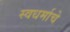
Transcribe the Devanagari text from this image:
स्वधर्माचे